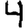
Digit: 4